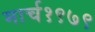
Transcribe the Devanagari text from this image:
मार्च१९७९